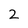
Character: 2